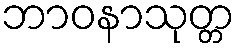
ဘာဝနာသုတ္တ